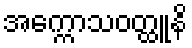
အက္ကောသဝတ္ထူနိ